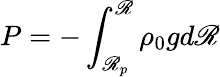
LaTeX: P=-\int_{\mathscr{R}_{p}}^{\mathscr{R}}\rho_{0}{g}d\mathscr{R}